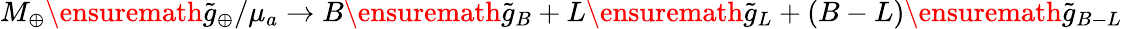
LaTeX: M_{\oplus}\ensuremath{\tilde{g}_{\oplus}}/\mu_{a}\rightarrow B\ensuremath{\tilde{g}_{B}}+L\ensuremath{\tilde{g}_{L}}+(B-L)\ensuremath{\tilde{g}_{B-L}}